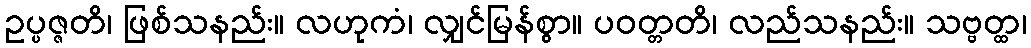
ဥပ္ပဇ္ဇတိ၊ ဖြစ်သနည်း။ လဟုကံ၊ လျှင်မြန်စွာ။ ပဝတ္တတိ၊ လည်သနည်း။ သဗ္ဗတ္ထ၊